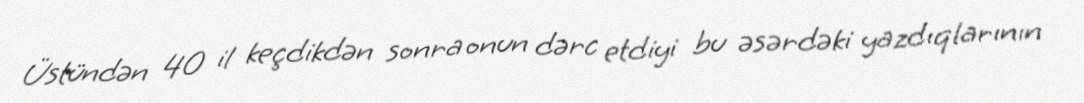
Üstündən 40 il keçdikdən sonra onun dərc etdiyi bu əsərdəki yazdıqlarının